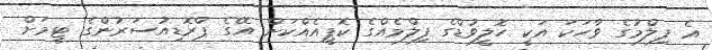
އެ ފިލްމުގެ ވާހަކަ އަކީ ހޮލީވުޑްގެ ފިލްމެއްގެ ކޮޕީއެއްކަން އޭގެ ޕްރޮޑިއުސަރުންގެ ޓީމަށް